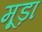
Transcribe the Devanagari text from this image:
मूड़ा